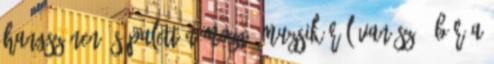
hangszínen és palettán mozgó muzsikáról van szó. Bár a